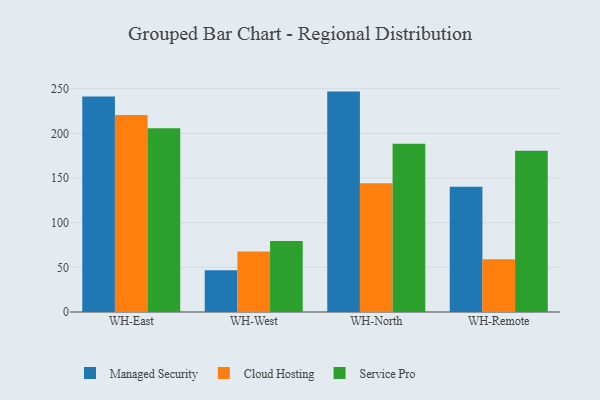
{"axis": {"x": "Warehouse", "y": "Shipments"}, "legend": ["Cloud Hosting", "Managed Security", "Service Pro"], "data": [{"x": "WH-East", "y": 241.1, "type": "Managed Security"}, {"x": "WH-East", "y": 220.6, "type": "Cloud Hosting"}, {"x": "WH-East", "y": 205.8, "type": "Service Pro"}, {"x": "WH-West", "y": 46.7, "type": "Managed Security"}, {"x": "WH-West", "y": 67.7, "type": "Cloud Hosting"}, {"x": "WH-West", "y": 79.6, "type": "Service Pro"}, {"x": "WH-North", "y": 246.7, "type": "Managed Security"}, {"x": "WH-North", "y": 144.1, "type": "Cloud Hosting"}, {"x": "WH-North", "y": 188.4, "type": "Service Pro"}, {"x": "WH-Remote", "y": 140.2, "type": "Managed Security"}, {"x": "WH-Remote", "y": 59.0, "type": "Cloud Hosting"}, {"x": "WH-Remote", "y": 180.6, "type": "Service Pro"}]}